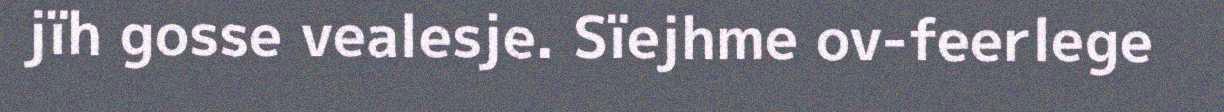
jïh gosse vealesje. Sïejhme ov-feerlege